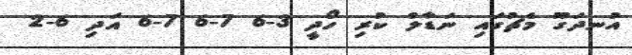
އުނދަގޫ މެޗުގައި ނަޑާލް ކުރި ހޯދީ 3-6 7-6 7-6 އަދި 6-2